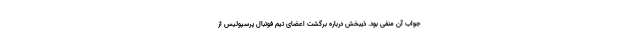
جواب آن منفی بود. ذیبخش درباره برگشت اعضای تیم فوتبال پرسپولیس از